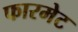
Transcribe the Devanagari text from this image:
फारमेट